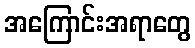
အကြောင်းအရာတွေ